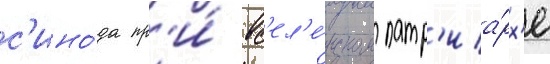
с'ино́да пр'и́ вс'ел'е́нском патр'иа́рх'е